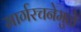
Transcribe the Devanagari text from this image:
मार्गरचनेमुळे